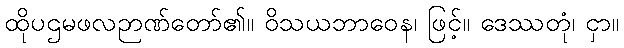
ထိုပဌမဖလဉာဏ်တော်၏။ ဝိသယဘာဝေန၊ ဖြင့်။ ဒေဿတုံ၊ ငှာ။